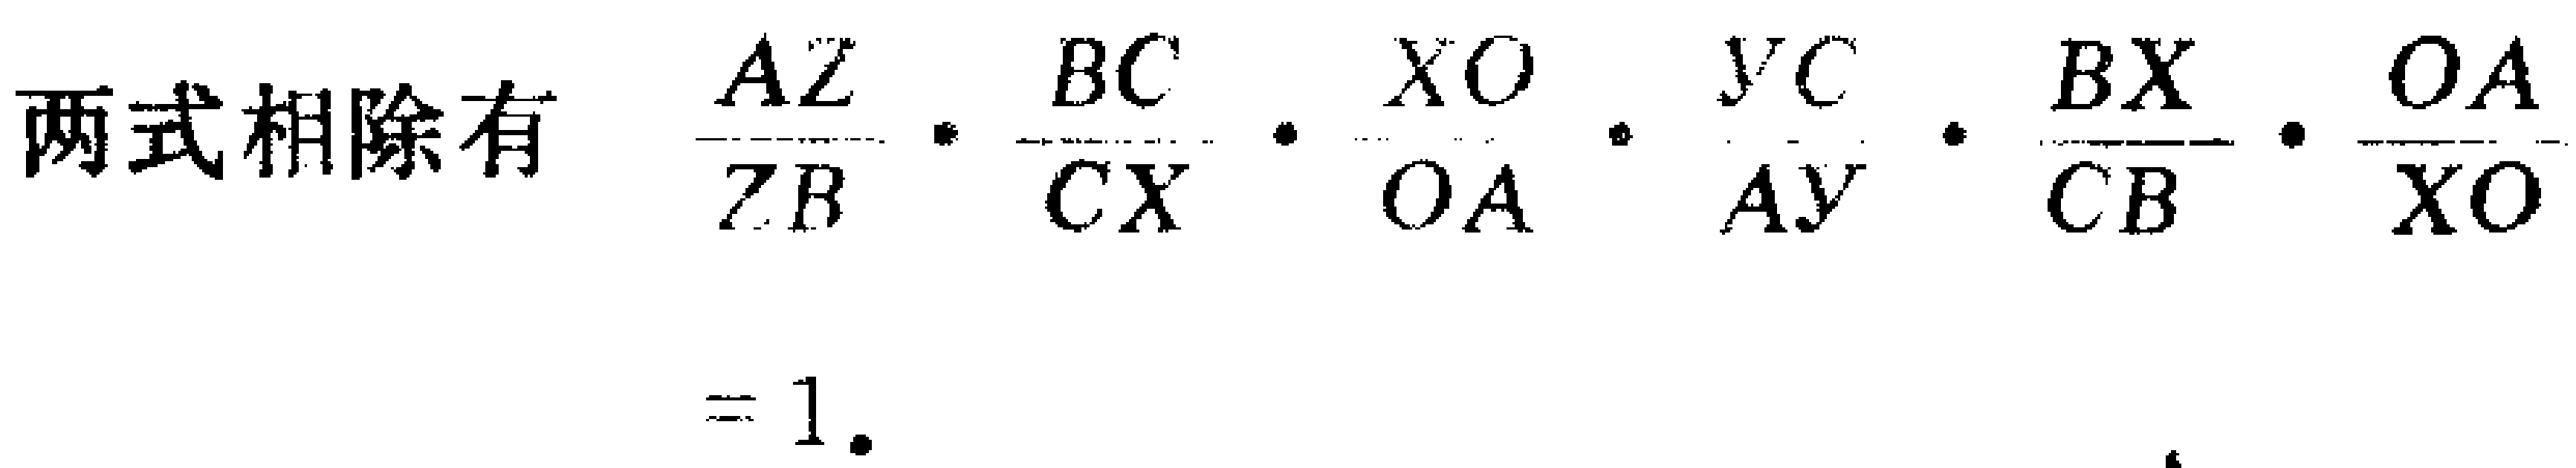
两式相除有 \(\frac{AZ}{ZB}\cdot\frac{BC}{CX}\cdot\frac{XO}{OA}\cdot\frac{YC}{AY}\cdot\frac{BX}{CB}\cdot\frac{OA}{XO}=1\)。